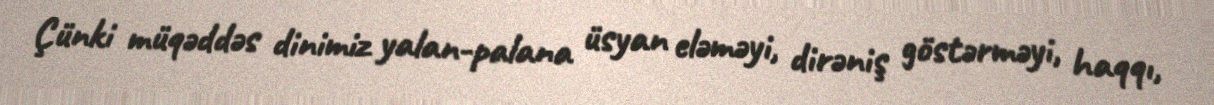
Çünki müqəddəs dinimiz yalan-palana üsyan eləməyi, dirəniş göstərməyi, haqqı,